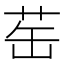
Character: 𬜪